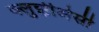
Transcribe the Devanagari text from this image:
क्लुझीअेसी